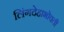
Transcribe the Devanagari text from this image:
लिंगदेहाभोवती